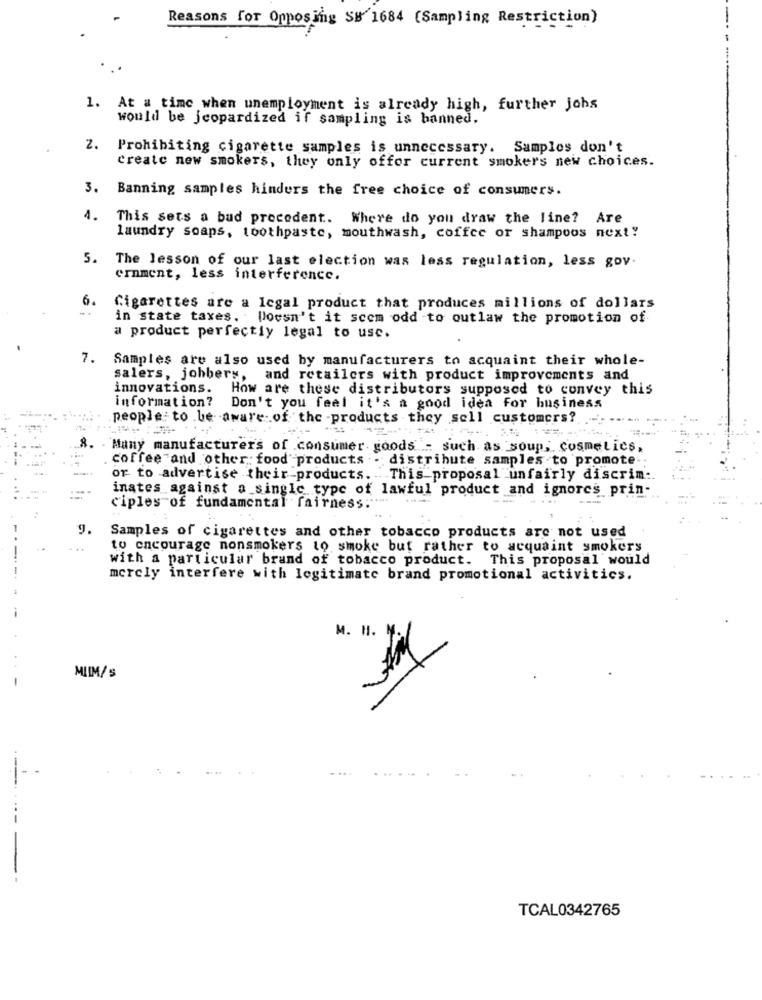
Reasons for Opposing SB 1684 (Sampling Restriction)
1. At a time when unemployment is already high, further johs
would be jeopardized if sampling is banned.
2.
Prohibiting cigarette samples is unnecessary. Samples don't
create new smokers, they only offor current smokers new choices.
3. Banning samples hinders the free choice of consumers.
1.
This sets a bud precedent. Where do you draw the line? Are
laundry soaps, toothpaste, mouthwash, coffee or shampoos next"
5.
The lesson of our last election was less regulation, less gov.
ernment, less interference.
6.
Cigarettes are a legal product that produces millions of dollars
in state taxes. Doesn't it scom odd to outlaw the promotion of
a product perfectly legal to use.
7.
Samples are also used by manufacturers to acquaint their whole-
salers, johbery, and retailers with product improvements and
innovations. How are these distributors supposed to convey this
information?
Don't you feel it's a good idea for business
people to be aware of the products they sell customers?
Many manufacturers of .consumer goods - such as soup, cosmetics,
coffee and other food products . distribute samples to promote ..
or to advertise their products. This proposal unfairly discrim :.
....
inates against a single type of lawful product and ignores prin-
ciples of fundamental fairness:" ....
9.
Samples of cigarettes and other tobacco products are not used
to encourage nonsmokers to smoke but rather to acquaint smokers
with a particular brand of tobacco product. This proposal would
merely interfere with legitimate brand promotional activitics.
M. H. Y.
MIIM/s
....
.-
TCAL0342765